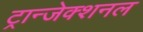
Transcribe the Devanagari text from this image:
ट्रान्जेक्शनल